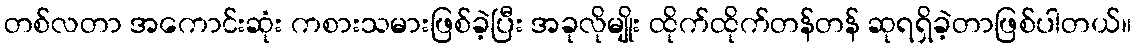
တစ်လတာ အကောင်းဆုံး ကစားသမားဖြစ်ခဲ့ပြီး အခုလိုမျိုး ထိုက်ထိုက်တန်တန် ဆုရရှိခဲ့တာဖြစ်ပါတယ်။